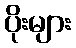
ပိုးများ